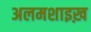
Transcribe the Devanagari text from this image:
अलमशाइख़